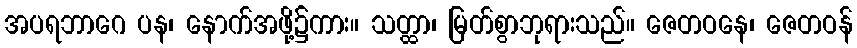
အပရဘာဂေ ပန၊ နောက်အဖို့၌ကား။ သတ္ထာ၊ မြတ်စွာဘုရားသည်။ ဇေတဝနေ၊ ဇေတဝန်